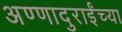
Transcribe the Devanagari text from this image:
अण्णादुराईंच्या